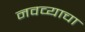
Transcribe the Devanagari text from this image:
नवव्याचा